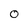
Character: O